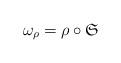
LaTeX: \begin{align*}\omega_{\rho}=\rho\circ{\mathfrak S}\end{align*}